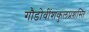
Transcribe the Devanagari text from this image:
गौडोवींशकुलप्रशस्ति